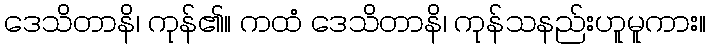
ဒေသိတာနိ၊ ကုန်၏။ ကထံ ဒေသိတာနိ၊ ကုန်သနည်းဟူမူကား။